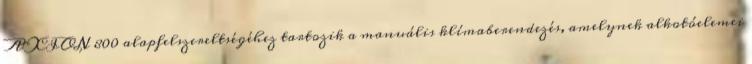
AXION 800 alapfelszereltségéhez tartozik a manuális klímaberendezés, amelynek alkotóelemei